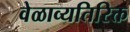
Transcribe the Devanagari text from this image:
वेळाव्यतिरिक्त